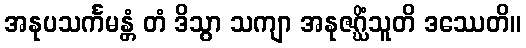
အနုပသင်္ကမန္တံ တံ ဒိသွာ သကျာ အနုဇဂ္ဃိံသူတိ ဒဿေတိ။